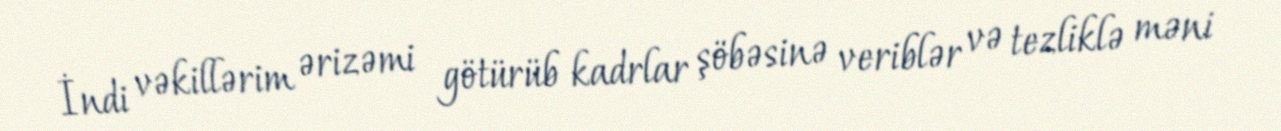
İndi vəkillərim ərizəmi götürüb kadrlar şöbəsinə veriblər və tezliklə məni